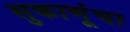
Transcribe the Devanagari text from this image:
सुकाणूंचा